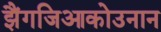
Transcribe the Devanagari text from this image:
झैंगजिआकोउनान